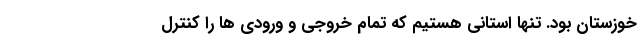
خوزستان بود. تنها استانی هستیم که تمام خروجی و ورودی ها را کنترل